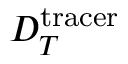
D _ { T } ^ { \mathrm { t r a c e r } }